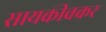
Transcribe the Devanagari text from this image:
सायकीवकर